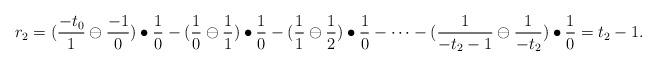
LaTeX: \begin{align*}r_2=(\frac{-t_0}{1}\ominus\frac{-1}{0})\bullet\frac{1}{0}-(\frac{1}{0}\ominus\frac{1}{1})\bullet\frac{1}{0}-(\frac{1}{1}\ominus\frac{1}{2})\bullet\frac{1}{0}-\cdots-(\frac{1}{-t_{2}-1}\ominus\frac{1}{-t_{2}})\bullet\frac{1}{0}=t_{2}-1.\end{align*}